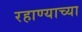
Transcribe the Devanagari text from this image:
रहाण्याच्या